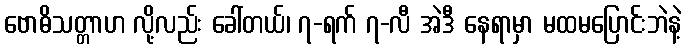
ဗောဓိသတ္တာဟ လို့လည်း ခေါ်တယ်၊ ၇-ရက် ၇-လီ အဲဒီ နေရာမှာ မထမပြောင်းဘဲနဲ့